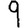
Digit: 9